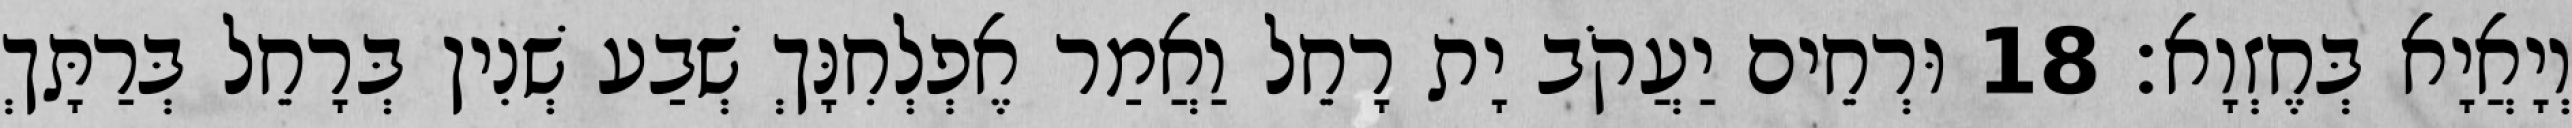
וְיָאֲיָא בְּחֶזְוָא׃ 18 וּרְחֵים יַעֲקֹב יָת רָחֵל וַאֲמַר אֶפְלְחִנָּךְ שְׁבַע שְׁנִין בְּרָחֵל בְּרַתָּךְ